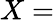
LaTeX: X=